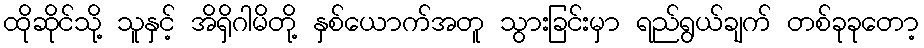
ထိုဆိုင်သို့ သူနှင့် အိရှိဂါမိတို့ နှစ်ယောက်အတူ သွားခြင်းမှာ ရည်ရွယ်ချက် တစ်ခုခုတော့